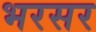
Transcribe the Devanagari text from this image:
भरसर